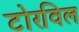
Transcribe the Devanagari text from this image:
टोरविल